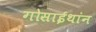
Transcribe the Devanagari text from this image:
गोसाईथांन